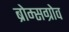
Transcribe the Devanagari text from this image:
ब्रोम्सग्रोव